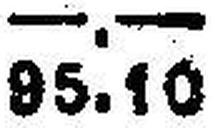
95.10